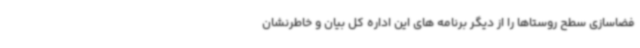
فضاسازی سطح روستاها را از دیگر برنامه های این اداره کل بیان و خاطرنشان